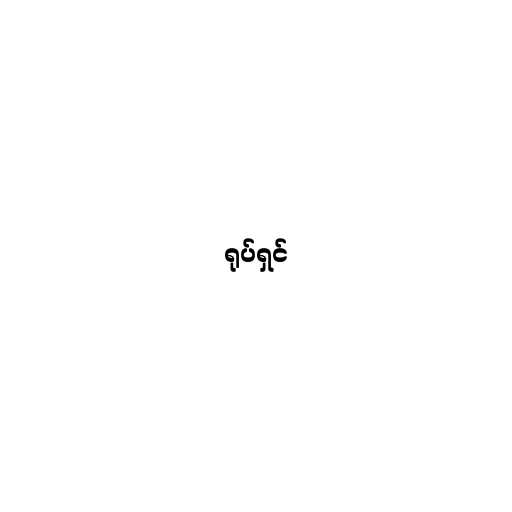
ရုပ်ရှင်